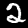
Label: 2